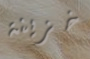
خزينة